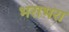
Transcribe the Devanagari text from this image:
भराभरा